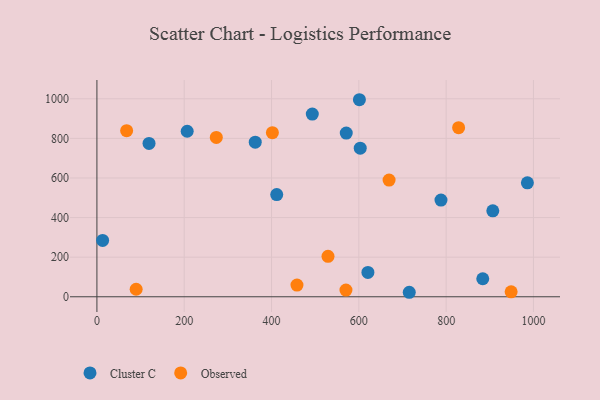
{"axis": {"x": "Distance", "y": "Yield"}, "legend": ["Cluster C", "Observed"], "data": [{"x": "601.3", "y": 995.3, "type": "Cluster C"}, {"x": "493.4", "y": 922.7, "type": "Cluster C"}, {"x": "13.1", "y": 284.6, "type": "Cluster C"}, {"x": "715.5", "y": 22.7, "type": "Cluster C"}, {"x": "620.8", "y": 122.9, "type": "Cluster C"}, {"x": "986.1", "y": 575.7, "type": "Cluster C"}, {"x": "206.8", "y": 836.1, "type": "Cluster C"}, {"x": "906.9", "y": 433.9, "type": "Cluster C"}, {"x": "571.2", "y": 827.0, "type": "Cluster C"}, {"x": "362.7", "y": 780.7, "type": "Cluster C"}, {"x": "411.9", "y": 516.0, "type": "Cluster C"}, {"x": "119.4", "y": 774.6, "type": "Cluster C"}, {"x": "883.9", "y": 91.0, "type": "Cluster C"}, {"x": "788.2", "y": 488.2, "type": "Cluster C"}, {"x": "603.2", "y": 750.4, "type": "Cluster C"}, {"x": "273.5", "y": 805.0, "type": "Observed"}, {"x": "948.9", "y": 24.9, "type": "Observed"}, {"x": "570.5", "y": 33.9, "type": "Observed"}, {"x": "529.4", "y": 204.3, "type": "Observed"}, {"x": "458.3", "y": 59.3, "type": "Observed"}, {"x": "89.9", "y": 38.0, "type": "Observed"}, {"x": "828.6", "y": 854.2, "type": "Observed"}, {"x": "669.3", "y": 589.4, "type": "Observed"}, {"x": "402.0", "y": 828.9, "type": "Observed"}, {"x": "68.1", "y": 839.0, "type": "Observed"}]}